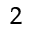
^ 2